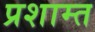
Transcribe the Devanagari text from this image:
प्रशाम्त